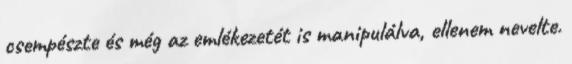
csempészte és még az emlékezetét is manipulálva, ellenem nevelte.